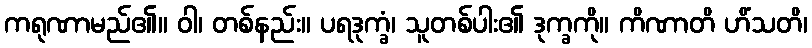
ကရုဏာမည်၏။ ဝါ၊ တစ်နည်း။ ပရဒုက္ခံ၊ သူတစ်ပါး၏ ဒုက္ခကို။ ကိဏာတိ ဟိံသတိ၊